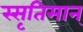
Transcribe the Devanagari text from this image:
स्सृतिमान्